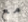
مع